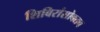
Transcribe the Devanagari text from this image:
शिबिरांसोबतच